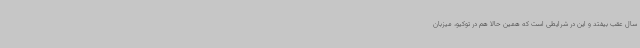
سال عقب بیفتد و این در شرایطی است که همین حالا هم در توکیو، میزبان